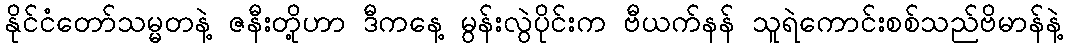
နိုင်ငံတော်သမ္မတနဲ့ ဇနီးတို့ဟာ ဒီကနေ့ မွန်းလွဲပိုင်းက ဗီယက်နန် သူရဲကောင်းစစ်သည်ဗိမာန်နဲ့